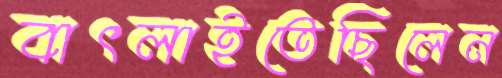
বাৎলাইতেছিলেন